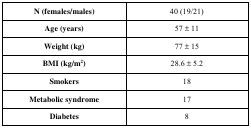
<table><thead><tr><td><b>N (females/males)</b></td><td><b>40 (19/21)</b></td></tr></thead><tbody><tr><td><b><b>Age (years)</b></b></td><td>57 ± 11 </td></tr><tr><td><b><b>Weight (kg)</b></b></td><td>77 ±15</td></tr><tr><td><b><b>BMI (kg/m<sup>2</sup>)</b></b></td><td>28.6± 5.2</td></tr><tr><td><b><b>Smokers</b></b></td><td>18</td></tr><tr><td><b><b>Metabolic syndrome</b></b></td><td>17</td></tr><tr><td><b><b>Diabetes</b></b></td><td>8</td></tr></tbody></table>